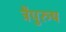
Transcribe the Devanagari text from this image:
त्रैपुरुष